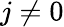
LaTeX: j\neq 0